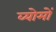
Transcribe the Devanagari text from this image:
व्योमों